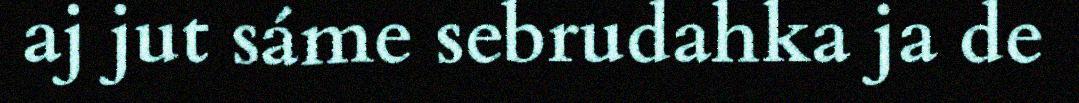
aj jut sáme sebrudahka ja de